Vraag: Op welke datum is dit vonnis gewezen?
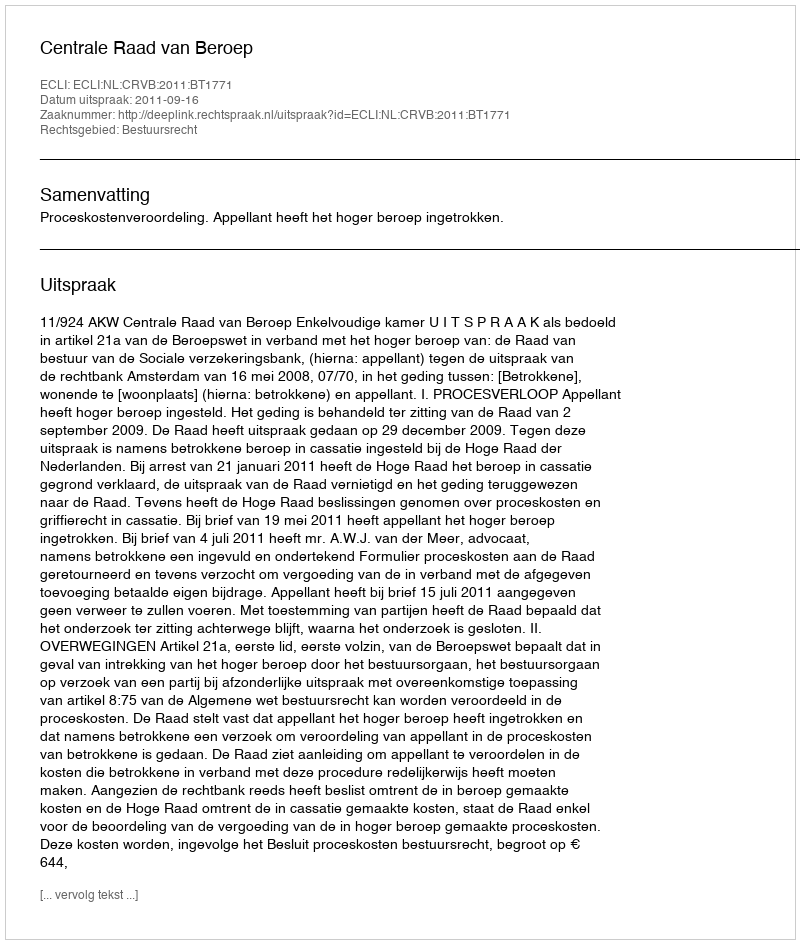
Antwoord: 2011-09-16